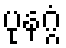
ပုနဂ္ဂံ